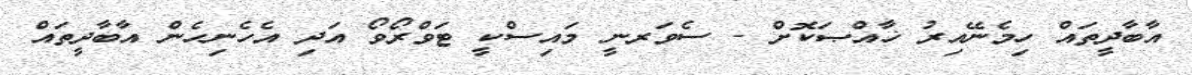
އާބާދީތައް ހިމެނޭއިރު ޚާއްޞަކޮށް - ސެވަރނީ މައިސްކީ ޓަވްރޯވޯ އަދި އެހެނިހެން އާބާދީތައް